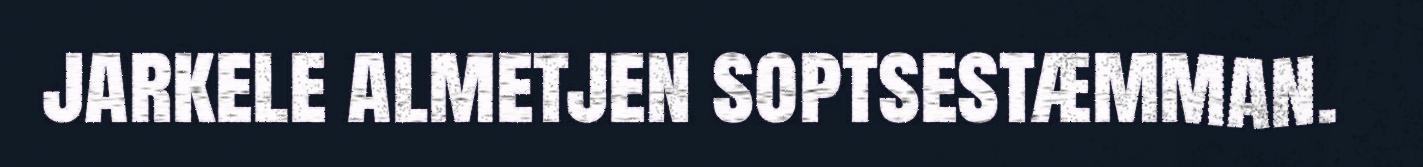
jarkele almetjen soptsestæmman.